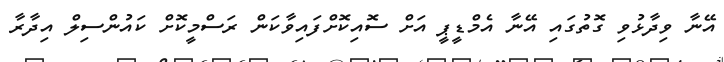
އޭނާ ވިދާޅުވި ގޮތުގައި އޭނާ އެމްޑީޕީ އަށް ސޮއިކޮށްފައިވާކަން ރަސްމީކޮށް ކައުންސިލް އިދާރާ